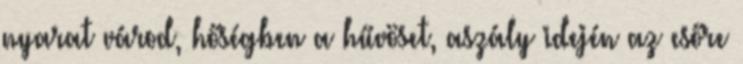
nyarat várod, hőségben a hűvöset, aszály idején az esőre